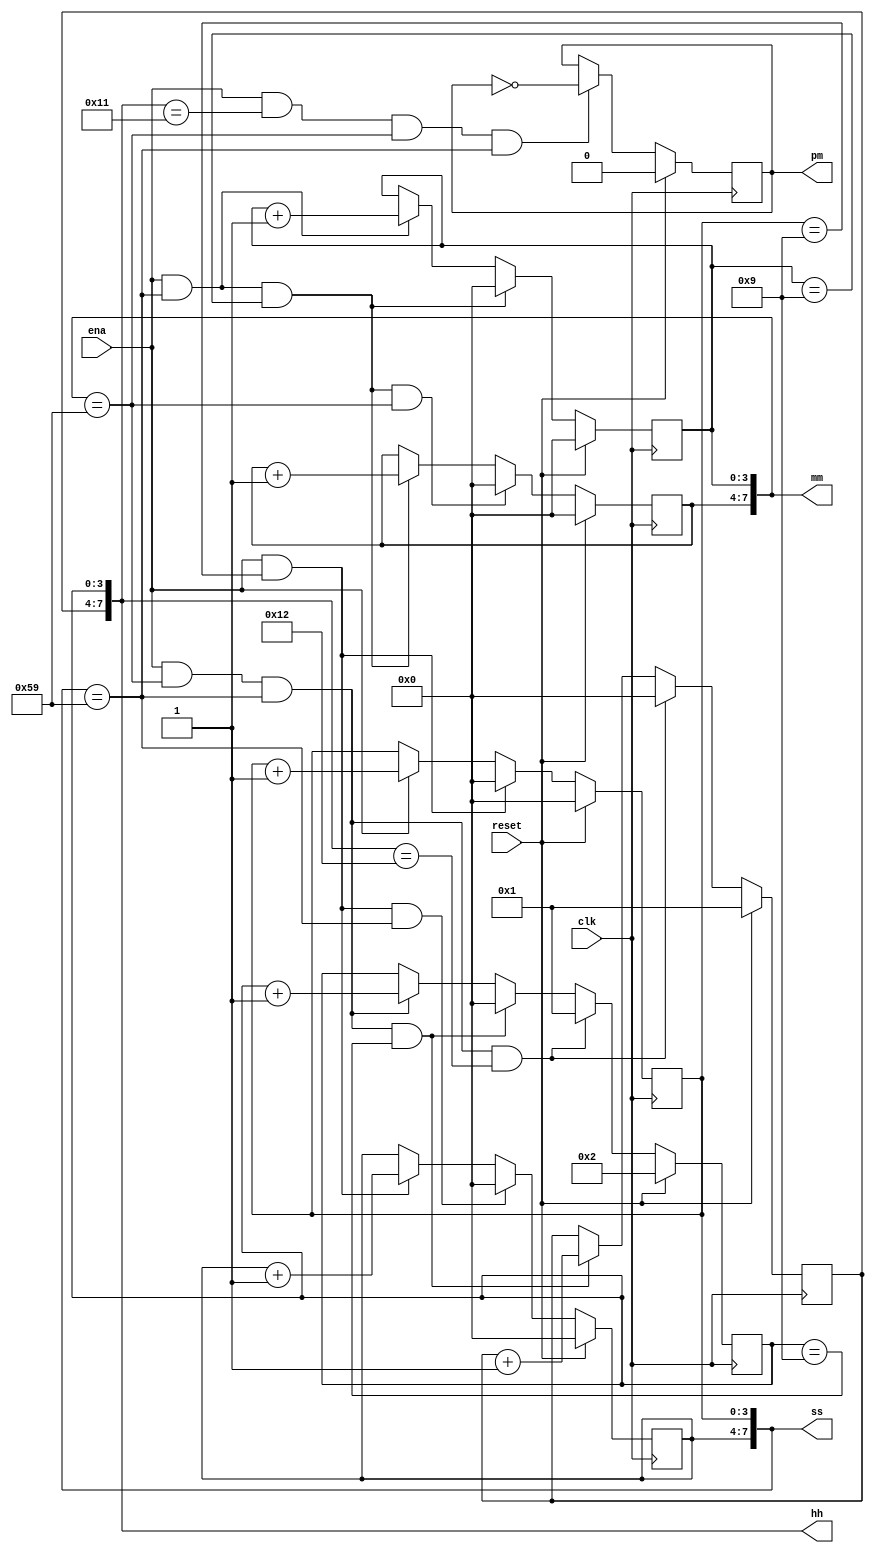
module top_module(
    input clk,
    input reset,
    input ena,
    output pm,
    output [7:0] hh,
    output [7:0] mm,
    output [7:0] ss); 
    
    // Carry signal declearation
    wire ss_10_pls1, mm_10_pls1, hh_10_pls1, hh_10_rollover;
    wire mm_pls1, hh_pls1, pm_toggle;
    wire pm_toggle_235959, pm_toggle_115959;
    
    // Carry signal assignment
    assign ss_10_pls1 = ena & (ss[3:0] == 4'h9);
    assign mm_pls1 = ena & (ss == 8'h59);
    assign mm_10_pls1 = mm_pls1 & (mm[3:0] == 4'h9);
    assign hh_pls1 = ena & (mm == 8'h59) & (ss == 8'h59);
    assign hh_10_pls1 = hh_pls1 & (hh[3:0] == 4'h9);
    assign pm_toggle = ena & (hh == 8'h11) & (mm == 8'h59) & (ss == 8'h59);
    
    // Second units
    always @(posedge clk) begin
        if (reset)
            ss[3:0] <= 4'h0;
        else if (ena & (ss[3:0]==4'h9))
            ss[3:0] <= 4'h0;
        else if (ena)
            ss[3:0] <= ss[3:0] + 1'b1;
    end
    
    // Second tens
    always @(posedge clk) begin
        if (reset)
            ss[7:4] <= 4'h0;
        else if (ss_10_pls1 & (ss == 8'h59))
            ss[7:4] <= 4'h0;
        else if (ss_10_pls1)
            ss[7:4] <= ss[7:4] + 1'b1;
    end 

    // Minute units
    always @(posedge clk) begin
        if (reset)
            mm[3:0] <= 4'h0;
        else if (mm_pls1 & (mm[3:0]==4'h9))
            mm[3:0] <= 4'h0;
        else if (mm_pls1)
            mm[3:0] <= mm[3:0] + 1'b1;
    end
               
    // Minute tens
    always @(posedge clk) begin
        if (reset)
            mm[7:4] <= 4'h0;
        else if (mm_10_pls1 & (mm == 8'h59))
            mm[7:4] <= 4'h0;
        else if (mm_10_pls1)
            mm[7:4] <= mm[7:4] + 1'b1;
    end 

    // Hour units
    always @(posedge clk) begin
        if (reset)
            hh[3:0] <= 4'h2;
        else if (hh_pls1 & (hh == 8'h12)) // Flip from 12 to 01
            hh[3:0] <= 4'h1;
        else if (hh_pls1 & (hh[3:0] == 4'h9))
            hh[3:0] <= 4'h0;
        else if (hh_pls1)
            hh[3:0] <= hh[3:0] + 1'b1;
    end
               
    // Hour tens
    always @(posedge clk) begin
        if (reset)
            hh[7:4] <= 4'h1;
        else if (hh_pls1 & (hh == 8'h12)) //// Flip from 12 to 01
            hh[7:4] <= 4'h0;
        else if (hh_10_pls1)
            hh[7:4] <= hh[7:4] + 1'b1;
    end     

    
    always @(posedge clk) begin
        if (reset)
            pm <= 1'b0;
        else if (pm_toggle)
            pm <= ~pm;
    end

endmodule